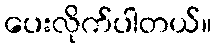
ပေးလိုက်ပါတယ်။